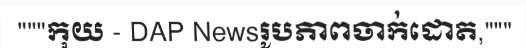
"""កុយ - DAP Newsរូបភាពចាក់ដោត,"""